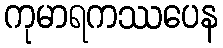
ကုမာရကဿပေန